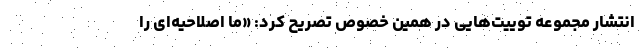
انتشار مجموعه توییت‌هایی در همین خصوص تصریح کرد: «ما اصلاحیه‌ای را